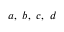
a , \ b , \ c , \ d